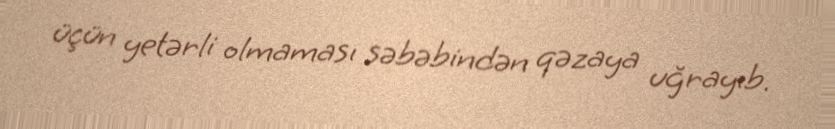
üçün yetərli olmaması səbəbindən qəzaya uğrayıb.